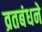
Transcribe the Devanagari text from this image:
व्रतबंधने